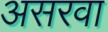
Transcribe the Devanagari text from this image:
असरवा